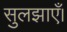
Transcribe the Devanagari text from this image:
सुलझाएँ।